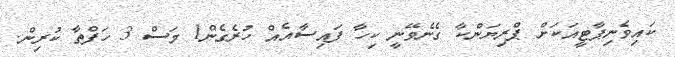
ކައިވެނިޕާޓީއަކަށް ޕްރިޔަންކާ ގެނެވޭނީ ކިހާ ފައިސާއެއް ހުރެގެން1 މަސް 3 ހަފްތާ ކުރިން.